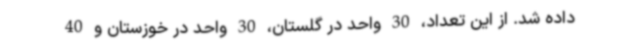
داده شد. از این تعداد، 30 واحد در گلستان، 30 واحد در خوزستان و 40